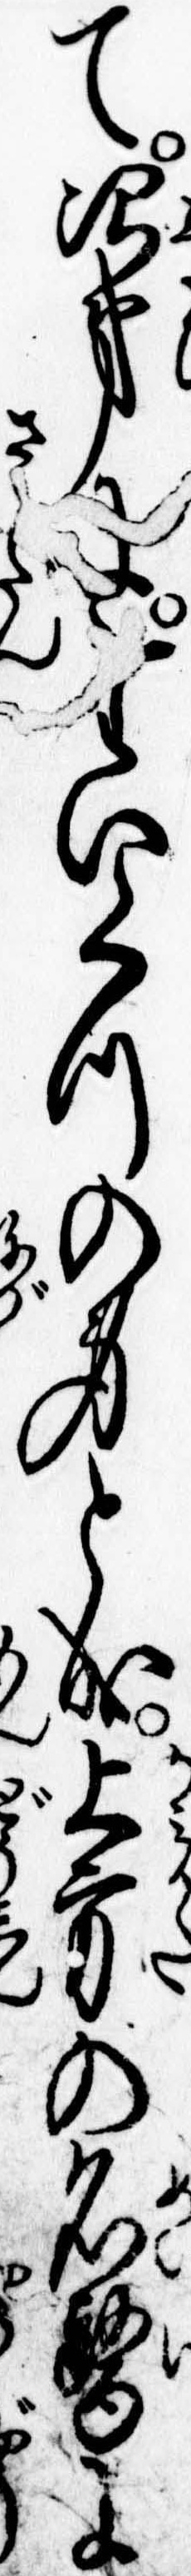
て次第にたいくつの身と成上方の名医に